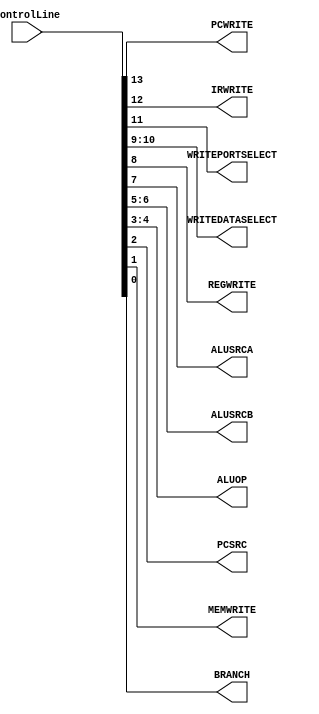
`timescale 1ns / 1ps
//////////////////////////////////////////////////////////////////////////////////
// Company: 
// Engineer: 
// 
// Design Name: 
// Module Name:    ControlLineMapping 
// Project Name: 
// Target Devices: 
// Tool versions: 
// Description: 
//
// Dependencies: 
//
// Revision: 
// Revision 0.01 - File Created
// Additional Comments: 
//
//////////////////////////////////////////////////////////////////////////////////
module ControlLineMapping(
		PCWRITE,
		IRWRITE,
		WRITEPORTSELECT,
		WRITEDATASELECT,
		REGWRITE,
		ALUSRCA,
		ALUSRCB,
		ALUOP,
		PCSRC,
		MEMWRITE,
		BRANCH,
		ControlLine);

output reg	PCWRITE,
				IRWRITE,
				WRITEPORTSELECT,
				REGWRITE,
				ALUSRCA,
				PCSRC,
				MEMWRITE,
				BRANCH;
output reg [1:0]
			WRITEDATASELECT,
			ALUSRCB,
			ALUOP;
			
input [13:0] ControlLine;
			
always@(ControlLine)
begin 
PCWRITE = ControlLine[13];
IRWRITE = ControlLine[12];
WRITEPORTSELECT = ControlLine[11];
WRITEDATASELECT = ControlLine[10:9];
REGWRITE = ControlLine[8];
ALUSRCA = ControlLine[7];
ALUSRCB = ControlLine[6:5];
ALUOP = ControlLine[4:3];
PCSRC = ControlLine[2];
MEMWRITE = ControlLine[1];
BRANCH = ControlLine[0];
end
endmodule